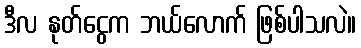
ဒီလ နုတ်ငွေက ဘယ်လောက် ဖြစ်ပါသလဲ။